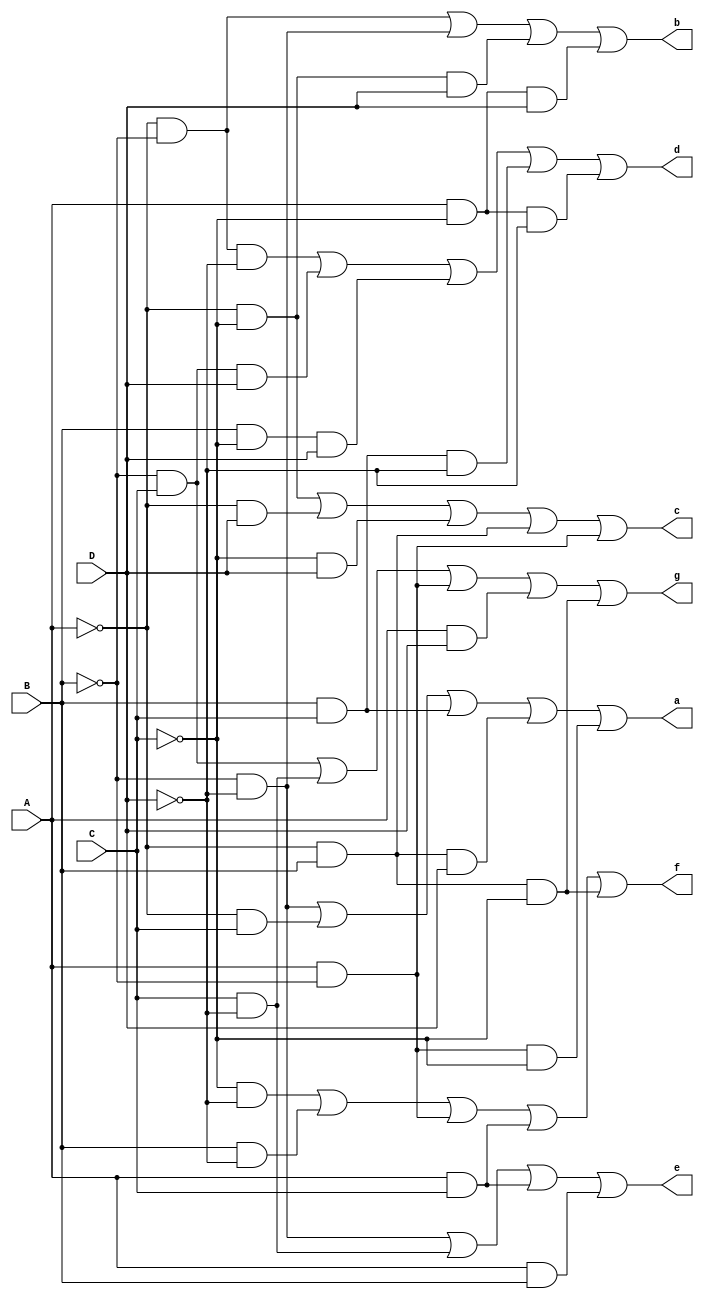
module Seven_Segment_Display (A, B, C, D, a, b, c, d, e, f, g);
	input A;
	input B;
	input C;
	input D;
	output reg a;
	output reg b;
	output reg c;
	output reg d;
	output reg e;
	output reg f;
	output reg g;
	always @ (*) begin

		// a = B'D' + A'C + BC + AD' + A'BD + AB'C'
		a <= (~B & ~D) | (~A & C) | (B & C) | (~A & B & D) | (A & ~B & ~C);
	       	// b  = A'B' + B'D' + A'C'D' + A'CD + AC'D	
		b <= (~A & ~B) | (~B & ~D) | (~A & ~C & D) | (A & ~C & D);
		// c = A'C' + A'D + C'D + A'B + AB'
		c <= (~A & ~C) | (~A & D) | (~C & D) | (~A & B) | (A & ~B); 
		// d = A'B'D' + B'CD + BC'D + BCD' + AC'D'
		d <= (~A & ~B & ~D) | (~B & C & D) | (B & ~C & D) | (B & C & ~D) | (A & ~C & ~D);
		// e = B'D' + CD' + AC + AB
		e <= (~B & ~D) | (C & ~D) | (A & C) | (A & B);
		// f = C'D' + BD' + AB' + AC + A'BC' 
		f <= (~C & ~D) | (B & ~D) | (A & ~B) | (A & C) | (~A & B & ~C);
		// g = B'C + CD' + AB' + AD + A'BC'
		g <= (~B & C) | (C & ~D) | (A & ~B) | (A & D) | (~A & B & ~C);
	end
	
endmodule // Seven_Segment_Display	
module Test_Bench;
	
	reg A, B, C, D;
	wire a, b, c, d, e, f, g;
	Seven_Segment_Display SSD (A, B, C, D, a, b, c, d, e, f, g);

	initial begin
		A = 0; B = 0; C = 0; D = 0; # 10
		A = 0; B = 0; C = 0; D = 1; # 10
		A = 0; B = 0; C = 1; D = 0; # 10
		A = 0; B = 0; C = 1; D = 1; # 10
		A = 0; B = 1; C = 0; D = 0; # 10
		A = 0; B = 1; C = 0; D = 1; # 10
		A = 0; B = 1; C = 1; D = 0; # 10
		A = 0; B = 1; C = 1; D = 1; # 10
		A = 1; B = 0; C = 0; D = 0; # 10
		A = 1; B = 0; C = 0; D = 1; # 10
		A = 1; B = 0; C = 1; D = 0; # 10
		A = 1; B = 0; C = 1; D = 1; # 10
		A = 1; B = 1; C = 0; D = 0; # 10
		A = 1; B = 1; C = 0; D = 1; # 10
		A = 1; B = 1; C = 1; D = 0; # 10
		A = 1; B = 1; C = 1; D = 1; # 10
		$finish;
	end
	initial 
		$monitor("A = %b, B = %b, C = %b, D = %b => a = %b, b = %b, c = %b , d = %b, e = %b, f = %b, g = %b", A, B, C, D, a, b, c, d, e, f, g);
endmodule